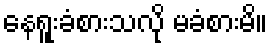
နေရူးခံစားသလို မခံစားမိ။